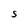
Character: S